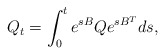
\begin{align*}Q_t=\int_0^{t}e^{sB}Qe^{sB^T}ds,\end{align*}